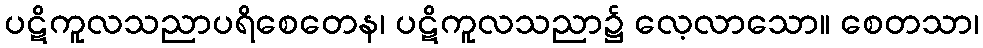
ပဋိကူလသညာပရိစေတေန၊ ပဋိကူလသညာ၌ လေ့လာသော။ စေတသာ၊